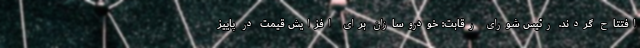
افتتاح گردند. رئیس شورای رقابت: خودروسازان برای افزایش قیمت در پاییز